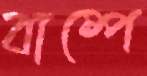
বাষ্পে